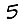
Digit: 5